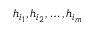
h _ { i _ { 1 } } , h _ { i _ { 2 } } , \ldots , h _ { i _ { m } }